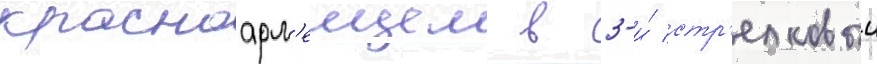
красноарм'еицем в 3-и́ стр'елковыи